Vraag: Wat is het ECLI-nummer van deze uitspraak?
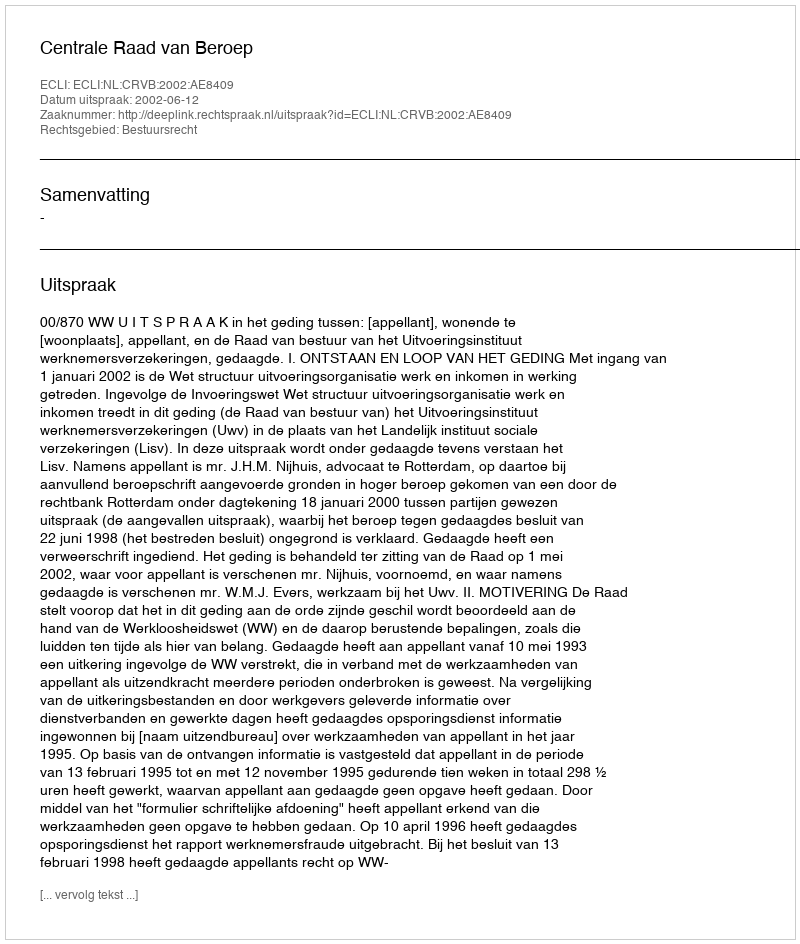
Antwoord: ECLI:NL:CRVB:2002:AE8409